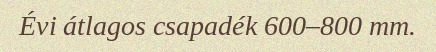
Évi átlagos csapadék 600–800 mm.